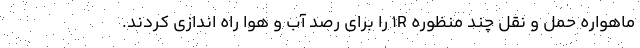
ماهواره حمل و نقل چند منظوره ۱R را برای رصد آب و هوا راه اندازی کردند.